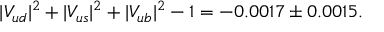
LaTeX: | V _ { u d } | ^ { 2 } + | V _ { u s } | ^ { 2 } + | V _ { u b } | ^ { 2 } - 1 = - 0 . 0 0 1 7 \pm 0 . 0 0 1 5 .